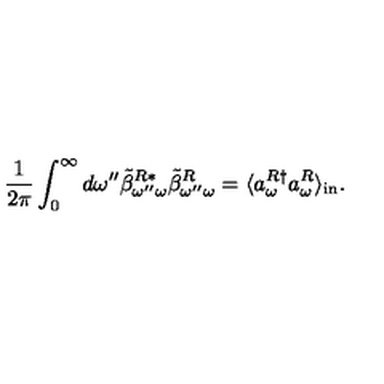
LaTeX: \frac { 1 } { 2 \pi } \int _ { 0 } ^ { \infty } d \omega ^ { \prime \prime } \tilde { \beta } _ { \omega ^ { \prime \prime } \omega } ^ { R * } \tilde { \beta } _ { \omega ^ { \prime \prime } \omega } ^ { R } = \langle a _ { \omega } ^ { R \dag } a _ { \omega } ^ { R } \rangle _ { \mathrm { { i n } } } .